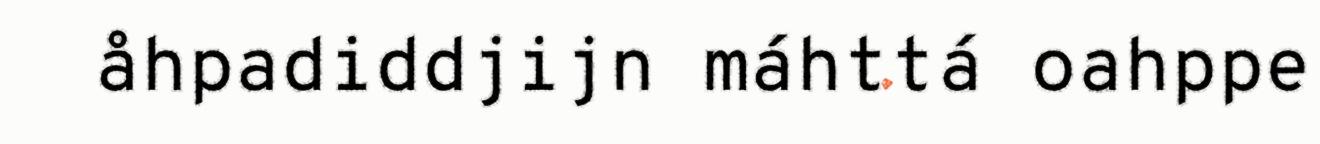
åhpadiddjijn máhttá oahppe